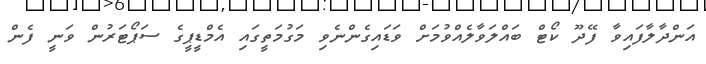
އަންދާލާފައިވާ ފޭދޫ ކޯޓް ބައްލަވާލެއްވުމަށް ވަޑައިގެންނެވި މަގުމަތީގައި އެމްޑީޕީގެ ސަޕޯޓަރުން ވަނީ ފެން